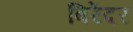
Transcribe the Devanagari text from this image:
बिरेंदर